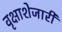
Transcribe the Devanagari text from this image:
वृक्षाशेजारी